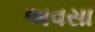
અવસા